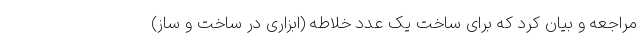
مراجعه و بیان کرد که برای ساخت یک عدد خلاطه (ابزاری در ساخت و ساز)